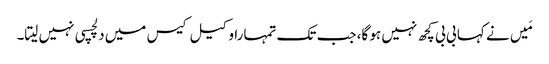
مَیں نے کہا بی بی کچھ نہیں ہو گا، جب تک تمہارا وکیل کیس میں دلچسپی نہیں لیتا۔